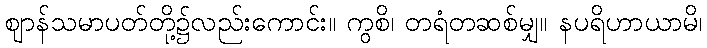
ဈာန်သမာပတ်တို့၌လည်းကောင်း။ ကွစိ၊ တရံတဆစ်မျှ။ နပရိဟာယာမိ၊